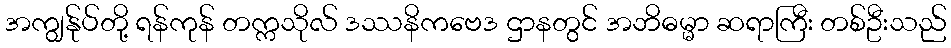
အကျွန်ုပ်တို့ ရန်ကုန် တက္ကသိုလ် ဒဿနိကဗေဒ ဌာနတွင် အဘိဓမ္မာ ဆရာကြီး တစ်ဦးသည်